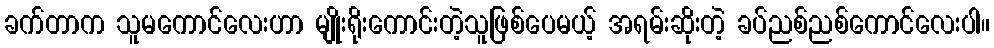
ခက်တာက သူမကောင်လေးဟာ မျိုးရိုးကောင်းတဲ့သူဖြစ်ပေမယ့် အရမ်းဆိုးတဲ့ ခပ်ညစ်ညစ်ကောင်လေးပါ။